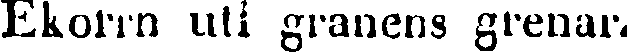
Ekorrn uti granens grenar.